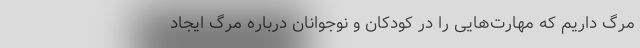
مرگ داریم که مهارت‌هایی را در کودکان و نوجوانان درباره مرگ ایجاد